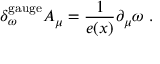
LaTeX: \delta _ { \omega } ^ { \mathrm { g a u g e } } A _ { \mu } = \frac 1 { e ( x ) } \partial _ { \mu } \omega \ .